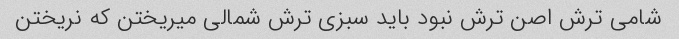
شامی ترش اصن ترش نبود باید سبزی ترش شمالی میریختن که نریختن